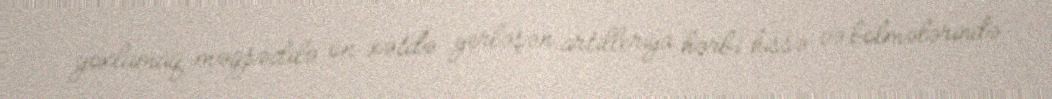
yoxlamaq məqsədilə ön xətdə yerləşən artilleriya hərbi hissə və bölmələrində